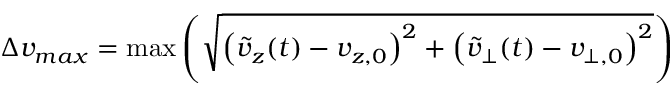
\begin{array} { r } { \Delta v _ { m a x } = \operatorname* { m a x } \left( \sqrt { \left( \tilde { v } _ { z } ( t ) - v _ { z , 0 } \right) ^ { 2 } + \left( \tilde { v } _ { \perp } ( t ) - v _ { \perp , 0 } \right) ^ { 2 } } \right) } \end{array}